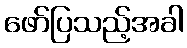
ဖော်ပြသည့်အခါ